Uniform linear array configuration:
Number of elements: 24
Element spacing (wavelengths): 1
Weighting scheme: hann
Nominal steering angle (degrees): -45
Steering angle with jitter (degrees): -44.368
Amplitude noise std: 0.05
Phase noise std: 0.05

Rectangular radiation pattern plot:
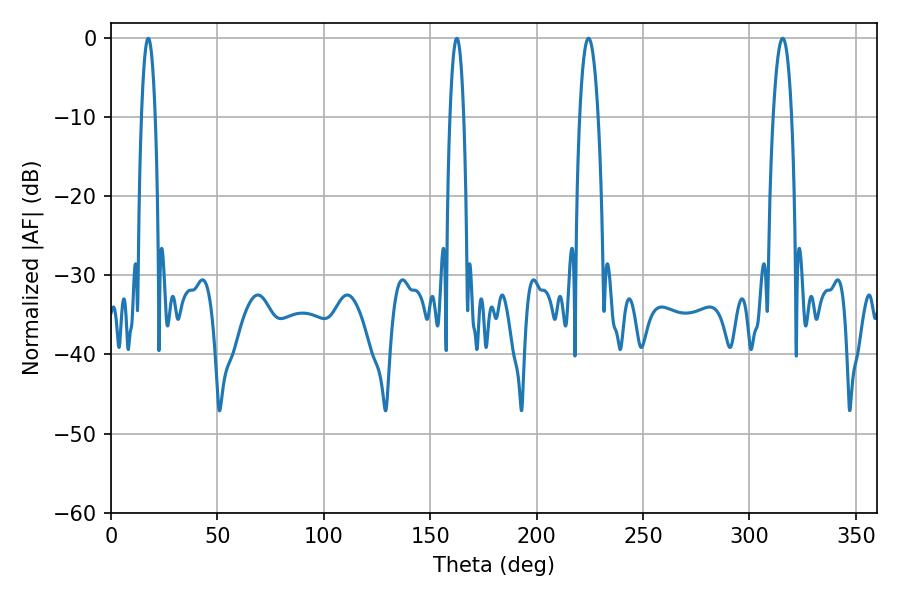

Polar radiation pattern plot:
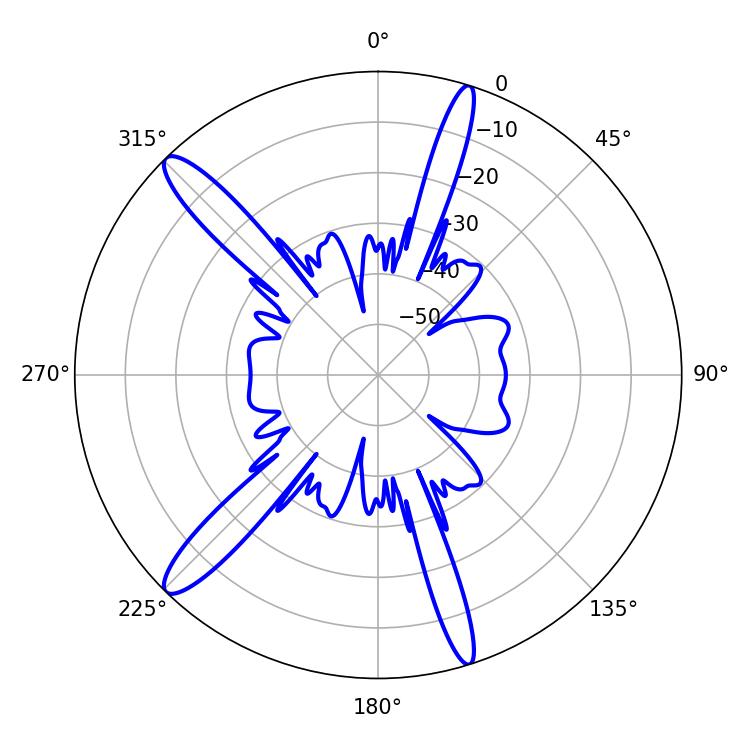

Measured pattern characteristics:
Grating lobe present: TRUE
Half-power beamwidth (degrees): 3.6
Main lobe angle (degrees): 17.46